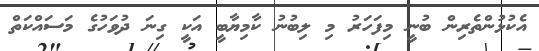
އެކުޅުންތެރިން ބުނީ މިފަހަރު މި ލިބުނު ކާމިޔާބީ އަކީ ގިނަ ދުވަހުގެ މަސައްކަތް